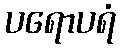
ပရောပရံ